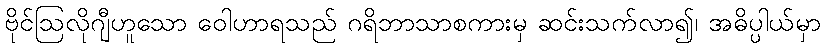
ဗိုင်ဩလိုဂျီဟူသော ဝေါဟာရသည် ဂရိဘာသာစကားမှ ဆင်းသက်လာ၍၊ အဓိပ္ပါယ်မှာ